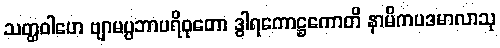
သတ္ထဝါဟေ ဗျာမပ္ပဘာပရိဝုတော ဒွါရကောဋ္ဌကောတိ နာမိကပဒမာလာသု